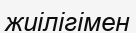
жиілігімен